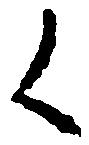
候